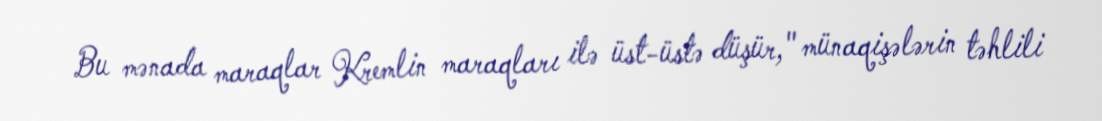
Bu mənada maraqlar Kremlin maraqları ilə üst-üstə düşür," münaqişələrin təhlili